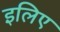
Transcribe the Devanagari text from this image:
इलिए